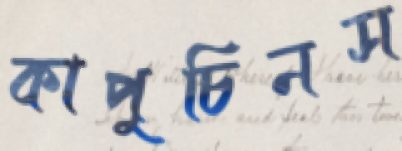
কাপুচিনস